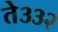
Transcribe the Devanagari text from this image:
ते३३२